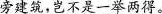
旁建筑，岂不是一举两得。